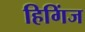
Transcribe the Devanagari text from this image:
हिगिंज